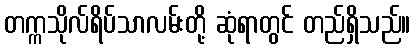
တက္ကသိုလ်ရိပ်သာလမ်းတို့ ဆုံရာတွင် တည်ရှိသည်။